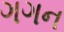
ગગન